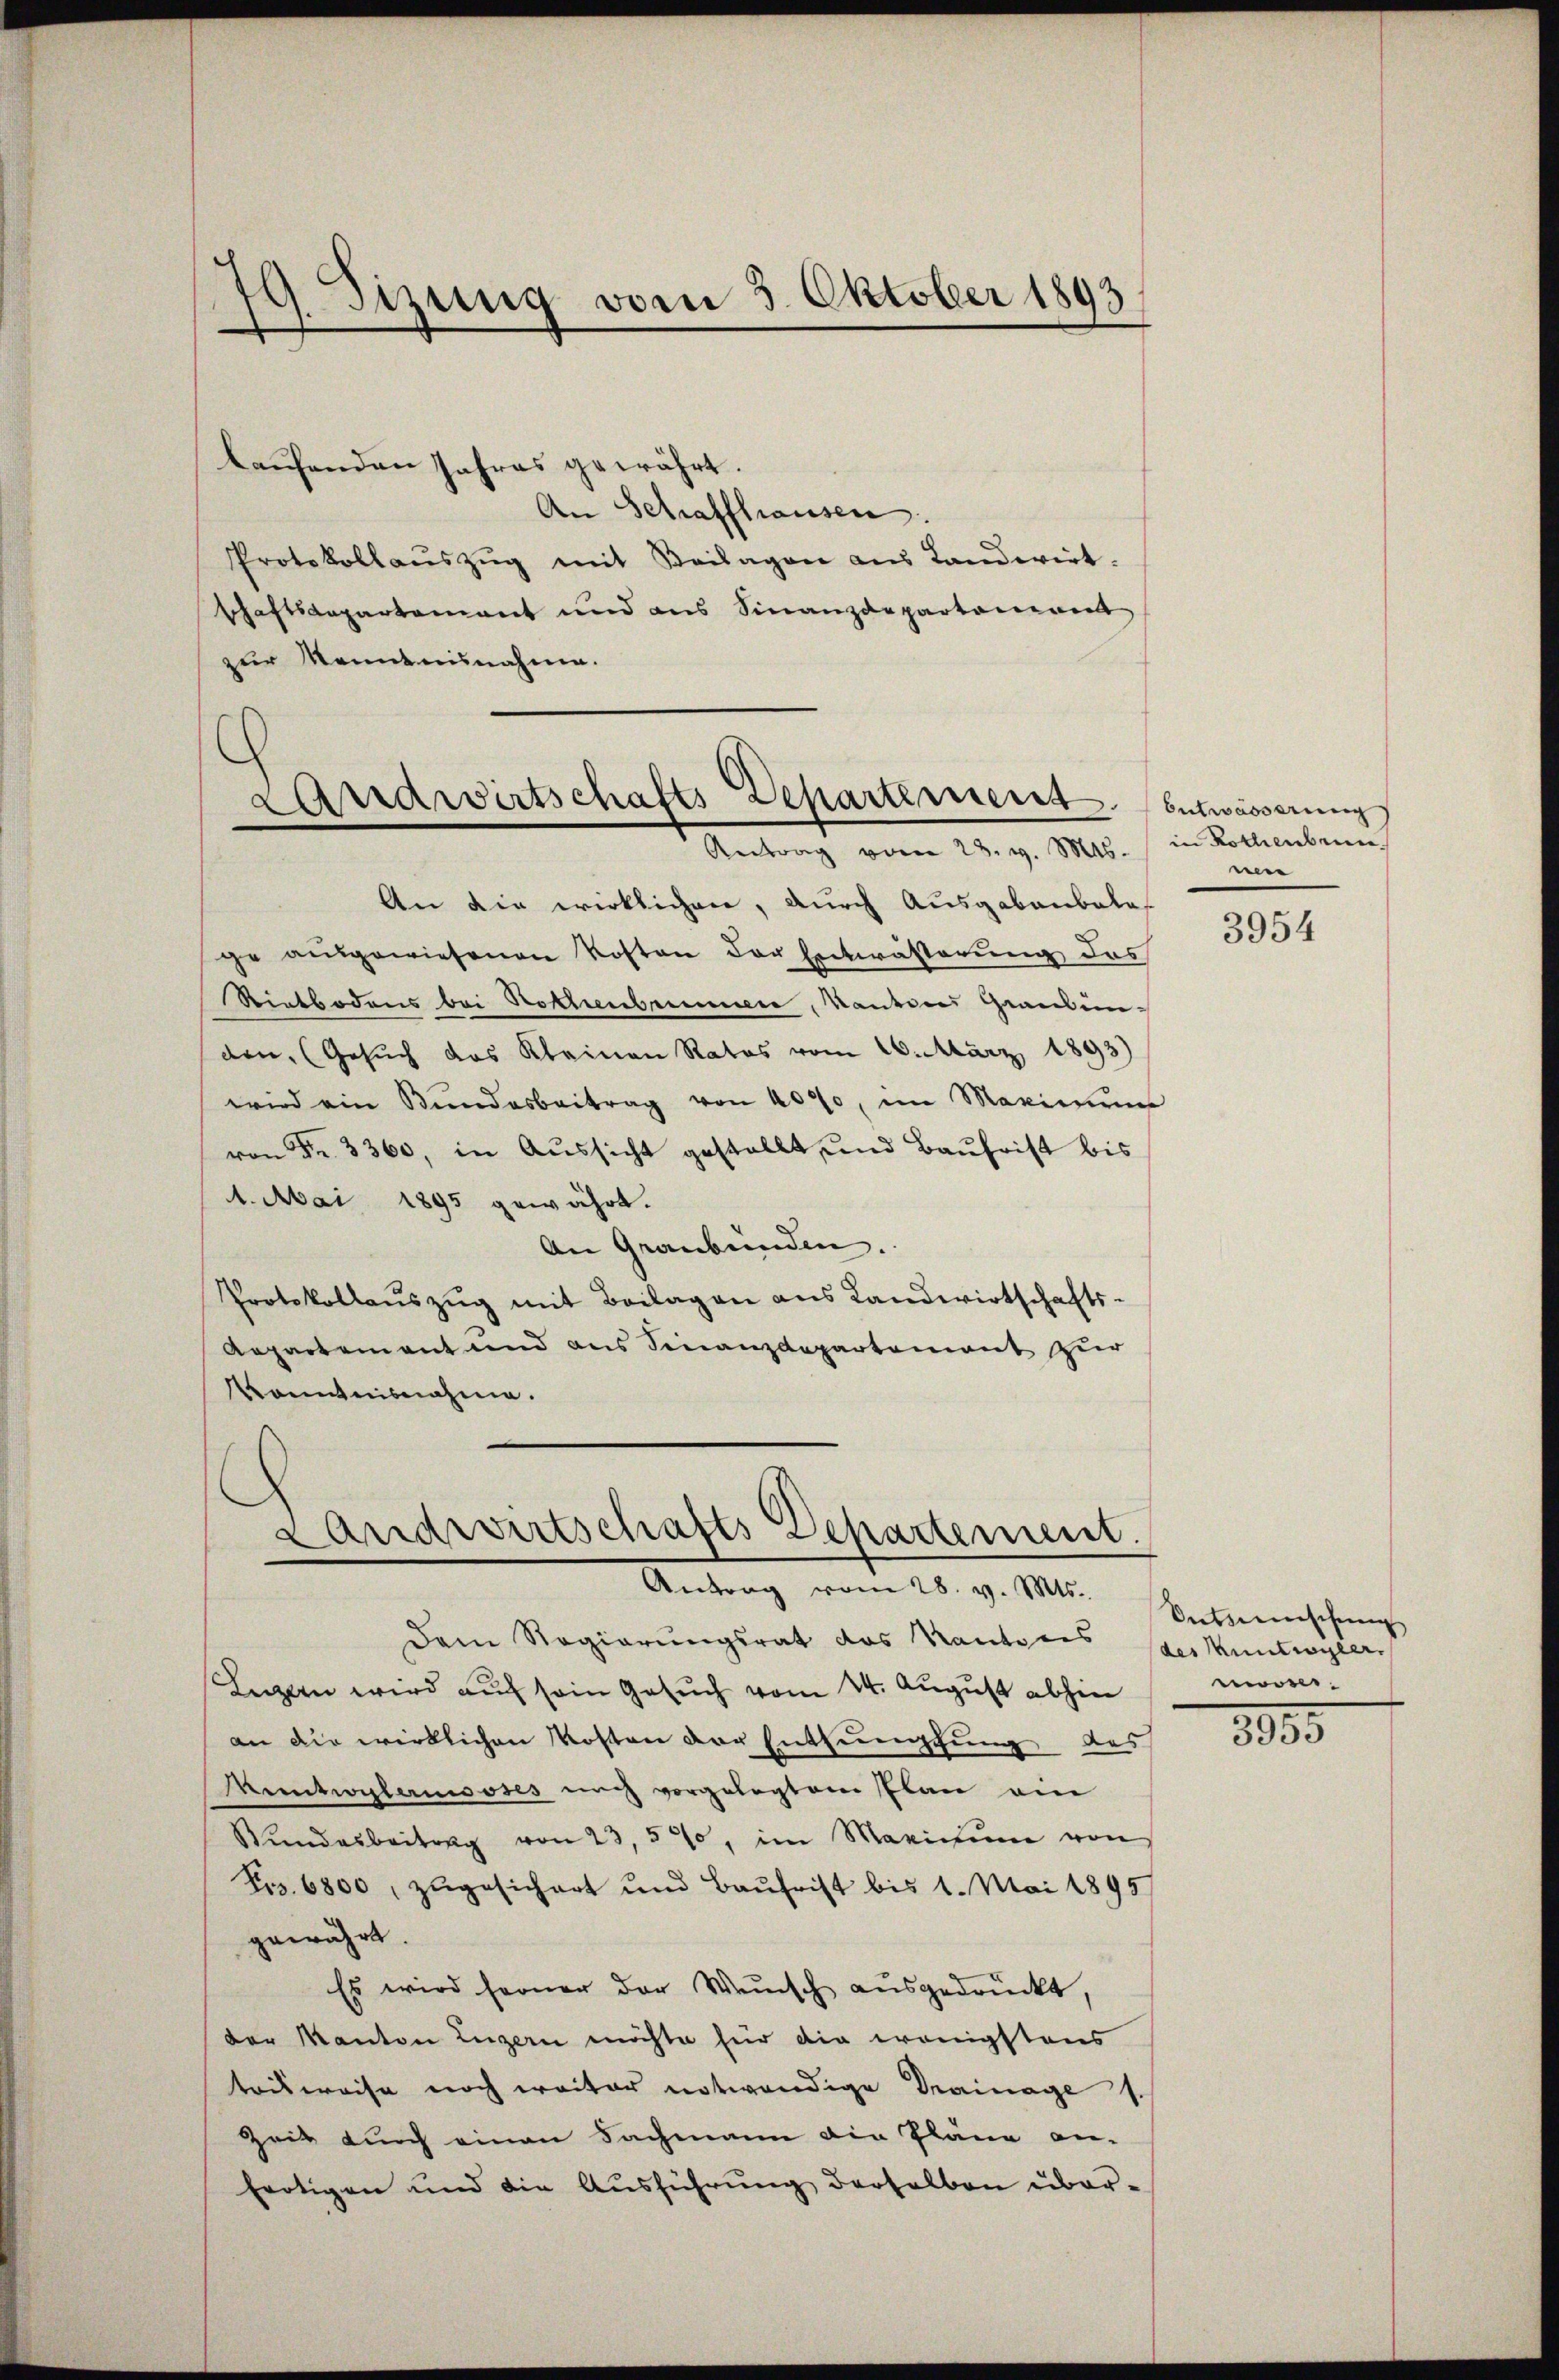
79 Sizung vom 3. Oktober 1893
d.

laufenden Jahres gewährt
An Schaffhausen.
Protokollaŭszŭg mit Beilagen ans Landwirt.
schaftsdepartement und aus Finanzdepartement
zur Kenntnisnahme.

Landwirtschafts Departement. Entwässerung
Antrag vom 23. v. Mts. in Rothenbrun

An die wirklichen, durch Ausgabenbelas
ge ausgewiesenen Kosten der Entwässerung des
Rietbodens bei Bothenbringer, Kantons Graubenden, (Gesuch das Kleinen Rates vom 26. März 1893)
wird ein Bundesbeitrag von 4000, im Maximum
von Fr. 3360, in Aussicht gestellt und Baufrist bis
1. Mai 1895 gewährt.
An Graubünden.
Protokollaŭszŭg mit Beilagen aus Landwirtschafts-
Aepartement und aus Finanzdepartement zur
Kenntnisnahme.
Landwirtschafts-Separtement.
Antrag vom 28. v. Mts.

Dem Regierungsrat des Kantonis der kuntwyler
Luzern wird auf sein Gesuch vom 14. August abhin
an die wirklichen Kosten der Entsumpfung des
Muntwylenisses nach vorgelegtem Plan am
Wundesbeitrag von 23,5%, im Maximum von
Frz. 6800, zugesichert und Baufrist bis 1. Mai 1895/
gewährt.
Es wird ferner der Wunsch ausgedruckt,
der Kanton Luzern möchte für die wenigstens
Trisweise noch weiter notwendige Drainage s.
Zeit durch einen Fachmann die Pläne an-
fertigen und die Ausführung derselben über¬

nen

3954

Ontzenschung
o
e

3933